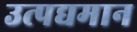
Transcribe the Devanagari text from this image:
उत्पद्यमान